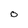
Character: O